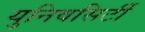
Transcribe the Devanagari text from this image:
युनिवसिर्टी